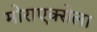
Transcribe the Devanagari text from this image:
मोराएक्सेला